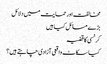
مخالفت اور حمایت میں دلائل
بڑے مسائل کیا ہیں
کرنسی کا قضیہ
کیا سکاٹ واقعی آزادی چاہتے ہیں؟